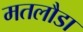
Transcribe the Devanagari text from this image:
मतलौडा